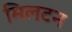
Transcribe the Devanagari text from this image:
मिलटन